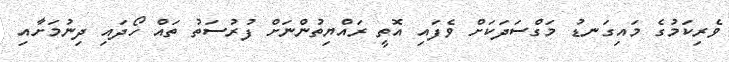
ވެރިކަމުގެ މައިގަނޑު މަގްސަދަކަށް ވެފައި އޮތީ ރައްޔިތުންނަށް ފުރުސަތު ތައް ހޯދައި ދިނުމަށާއި